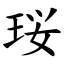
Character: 珱